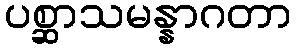
ပစ္ဆာသမန္နာဂတာ